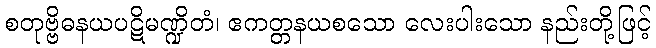
စတုဗ္ဗိဓနယပဋိမဏ္ဍိတံ၊ ဧကတ္တနယစသော လေးပါးသော နည်းတို့ဖြင့်